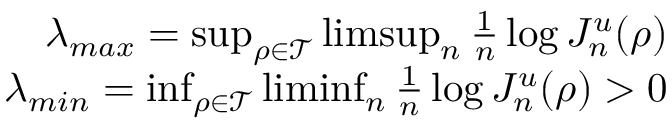
\begin{array} { r } { \lambda _ { m a x } = \operatorname* { s u p } _ { \rho \in \mathcal { T } } \operatorname* { l i m s u p } _ { n } \frac { 1 } { n } \log J _ { n } ^ { u } ( \rho ) } \\ { \lambda _ { m i n } = \operatorname* { i n f } _ { \rho \in \mathcal { T } } \operatorname* { l i m i n f } _ { n } \frac { 1 } { n } \log J _ { n } ^ { u } ( \rho ) > 0 } \end{array}